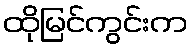
ထိုမြင်ကွင်းက